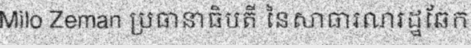
Milo Zeman ប្រធានាធិបតី នៃសាធារណរដ្ឋឆែក